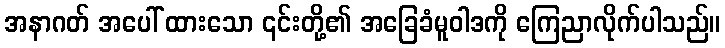
အနာဂတ် အပေါ် ထားသော ၎င်းတို့၏ အခြေခံမူဝါဒကို ကြေညာလိုက်ပါသည်။